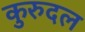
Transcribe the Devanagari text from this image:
कुरुदल